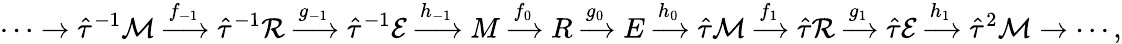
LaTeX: \cdots\to\hat{\tau}^{-1}\mathcal{M}\xrightarrow{f_{-1}}\hat{\tau}^{-1}\mathcal{R}\xrightarrow{g_{-1}}\hat{\tau}^{-1}\mathcal{E}\xrightarrow{h_{-1}}M\xrightarrow{f_{0}}R\xrightarrow{g_{0}}E\xrightarrow{h_{0}}\hat{\tau}\mathcal{M}\xrightarrow{f_{1}}\hat{\tau}\mathcal{R}\xrightarrow{g_{1}}\hat{\tau}\mathcal{E}\xrightarrow{h_{1}}\hat{\tau}^{2}\mathcal{M}\to\cdots,